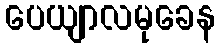
ပေယျာလမုခေန